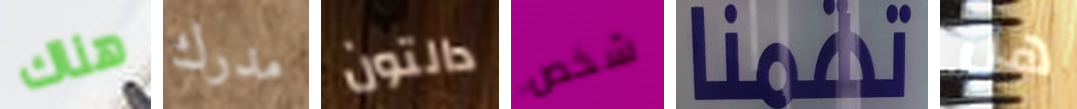
هناك مدرك دالتون شخص تهمنا هل